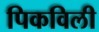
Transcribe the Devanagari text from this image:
पिकविली